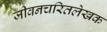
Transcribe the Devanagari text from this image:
जीवनचरितलेखक